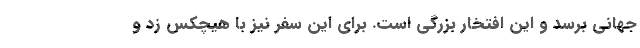
جهانی برسد و این افتخار بزرگی است. برای این سفر نیز با هیچکس زد و